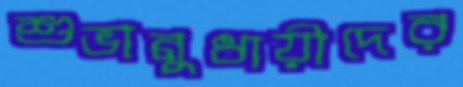
শুভানুধায়ীদের